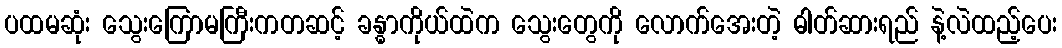
ပထမဆုံး သွေးကြောမကြီးကတဆင့် ခန္ဓာကိုယ်ထဲက သွေးတွေကို လောက်အေးတဲ့ ဓါတ်ဆားရည် နဲ့လဲထည့်ပေး